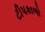
ટીપકાળો